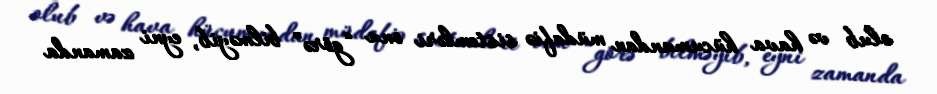
olub və hava hücumundan müdafiə sistemləri onu “görə” bilməyib, eyni zamanda